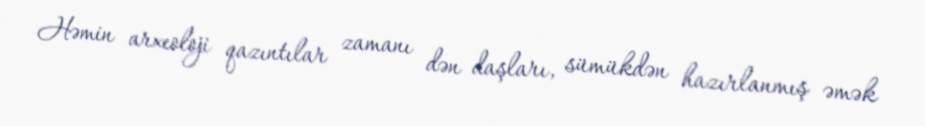
Həmin arxeoloji qazıntılar zamanı dən daşları, sümükdən hazırlanmış əmək